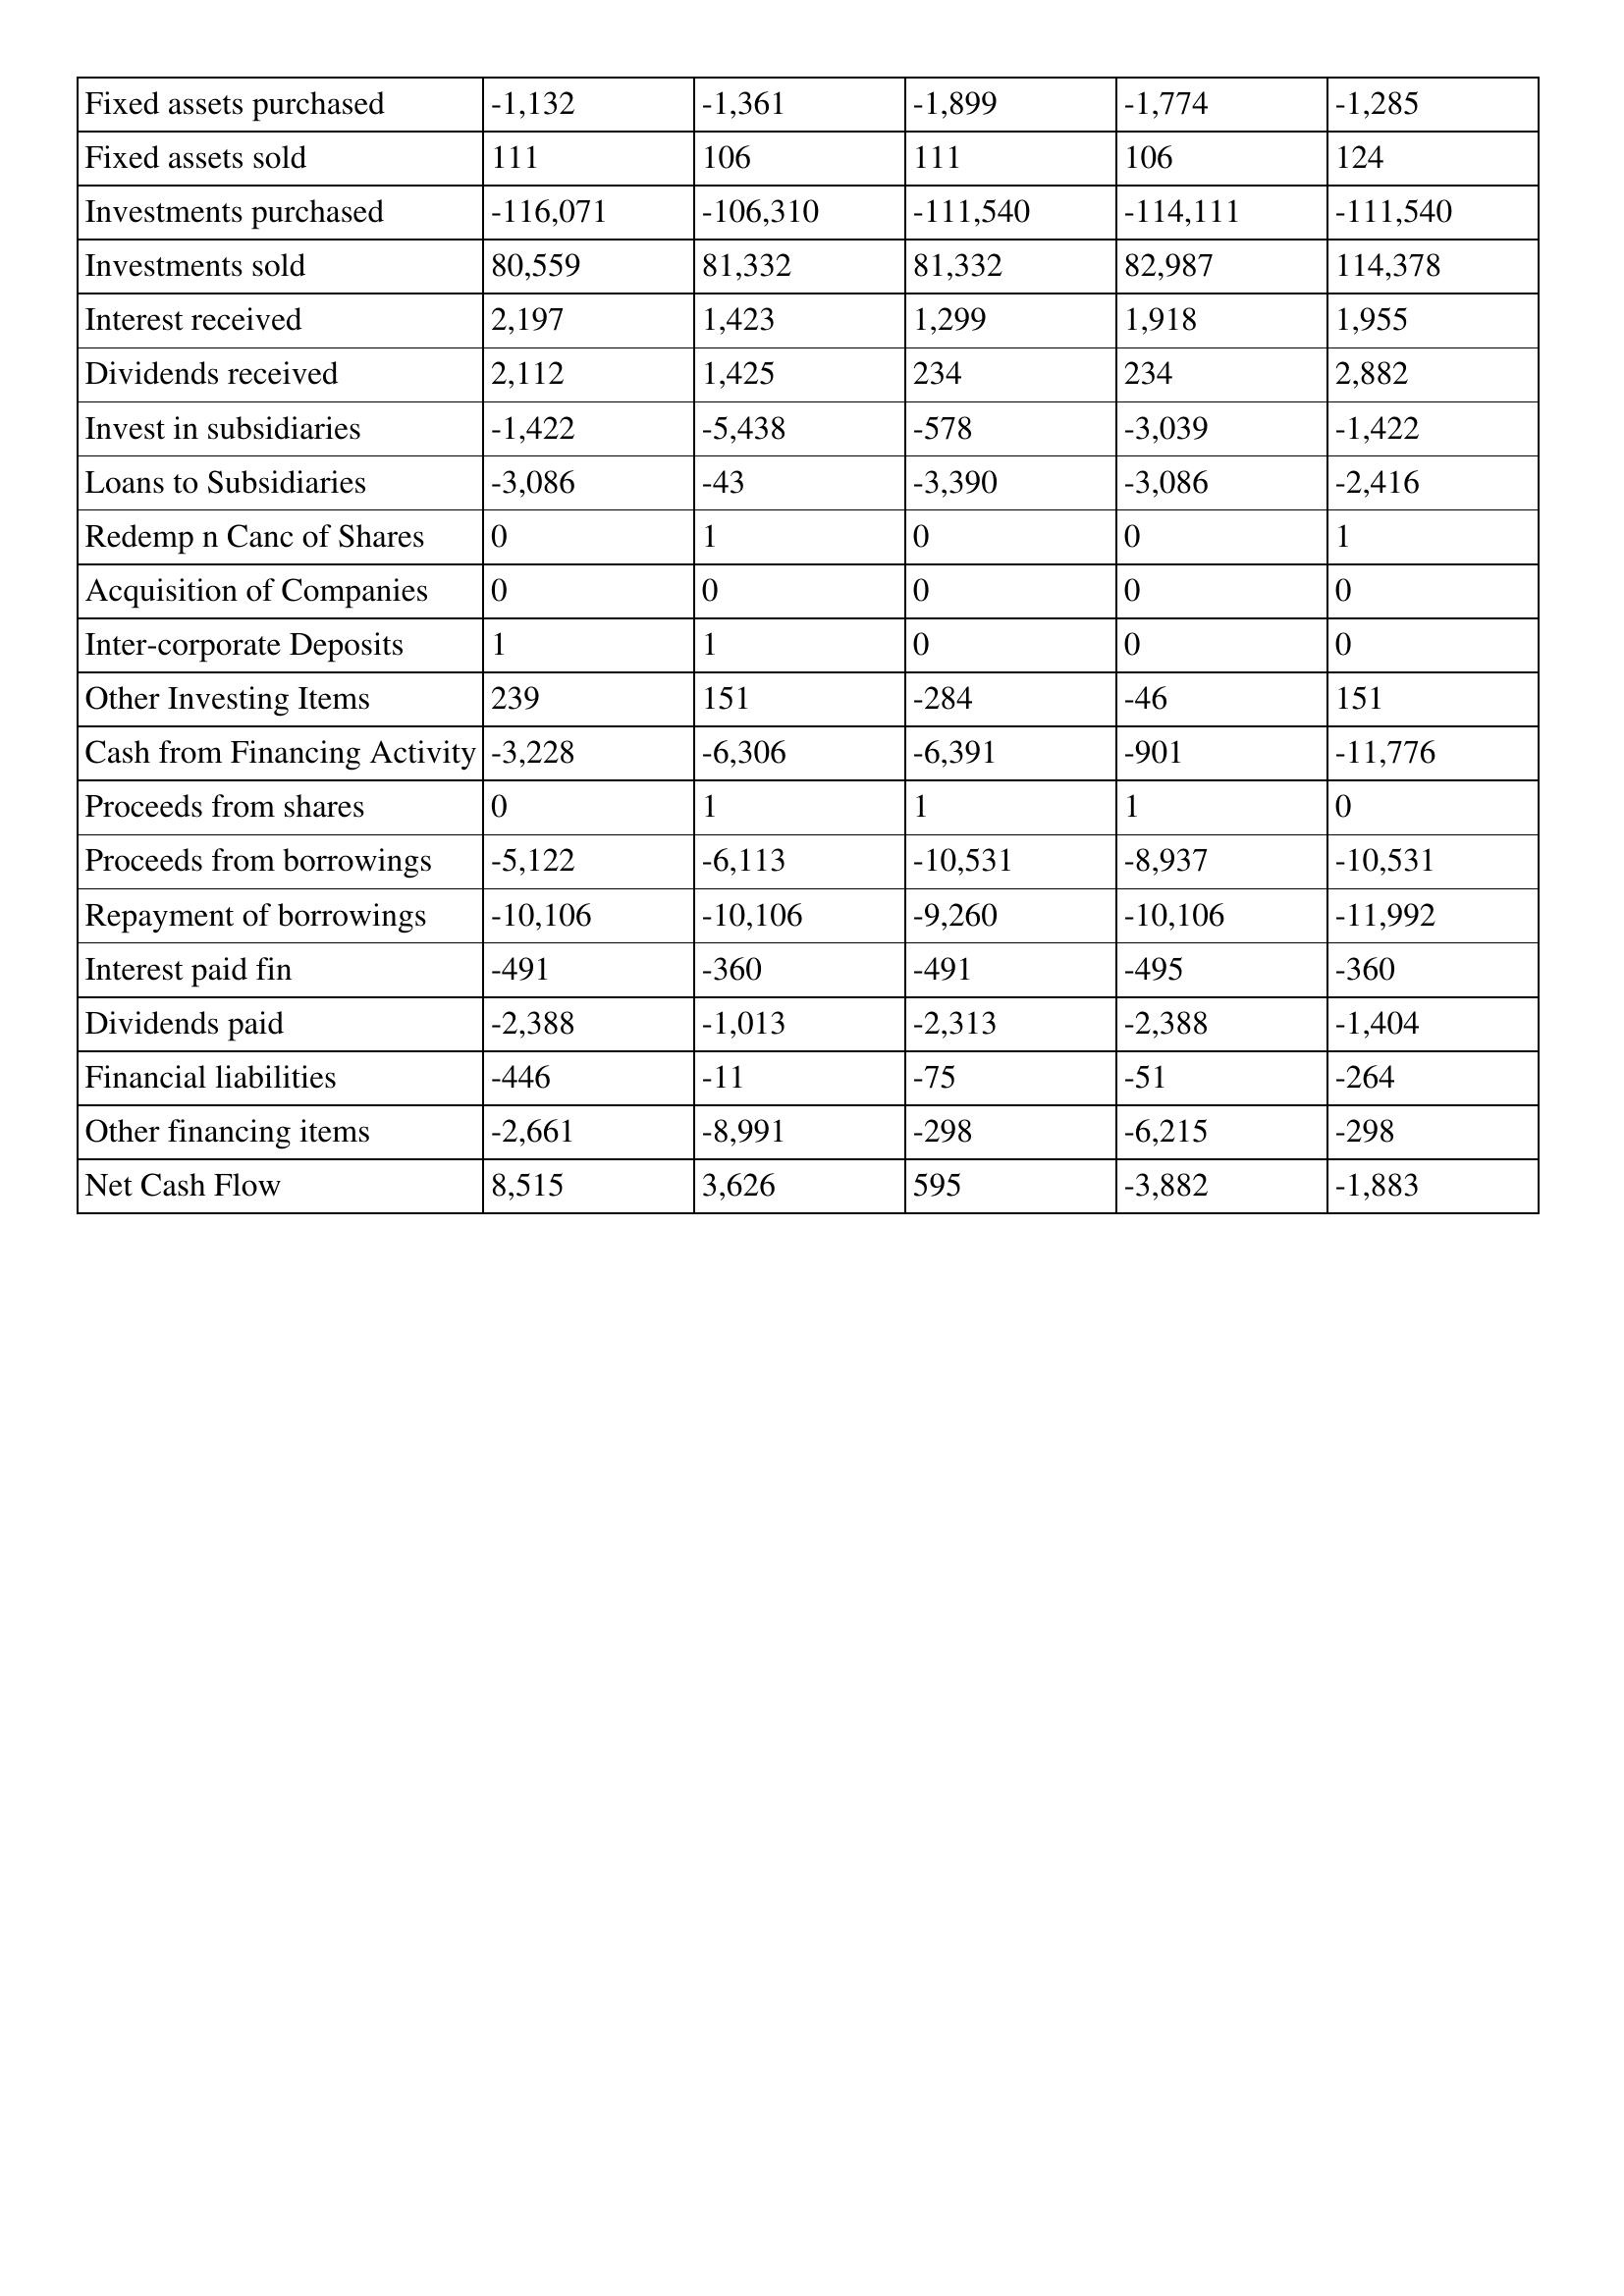
gt_parse: 2013: Cash Flows: Fixed assets purchased: -1,132
Fixed assets sold: 111
Investments purchased: -116,071
Investments sold: 80,559
Interest received: 2,197
Dividends received: 2,112
Invest in subsidiaries: -1,422
Loans to Subsidiaries: -3,086
Redemp n Canc of Shares: 0
Acquisition of Companies: 0
Inter-corporate Deposits: 1
Other Investing Items: 239
Cash from Financing Activity: -3,228
Proceeds from shares: 0
Proceeds from borrowings: -5,122
Repayment of borrowings: -10,106
Interest paid fin: -491
Dividends paid: -2,388
Financial liabilities: -446
Other financing items: -2,661
Net Cash Flow: 8,515
2012: Cash Flows: Fixed assets purchased: -1,361
Fixed assets sold: 106
Investments purchased: -106,310
Investments sold: 81,332
Interest received: 1,423
Dividends received: 1,425
Invest in subsidiaries: -5,438
Loans to Subsidiaries: -43
Redemp n Canc of Shares: 1
Acquisition of Companies: 0
Inter-corporate Deposits: 1
Other Investing Items: 151
Cash from Financing Activity: -6,306
Proceeds from shares: 1
Proceeds from borrowings: -6,113
Repayment of borrowings: -10,106
Interest paid fin: -360
Dividends paid: -1,013
Financial liabilities: -11
Other financing items: -8,991
Net Cash Flow: 3,626
2011: Cash Flows: Fixed assets purchased: -1,899
Fixed assets sold: 111
Investments purchased: -111,540
Investments sold: 81,332
Interest received: 1,299
Dividends received: 234
Invest in subsidiaries: -578
Loans to Subsidiaries: -3,390
Redemp n Canc of Shares: 0
Acquisition of Companies: 0
Inter-corporate Deposits: 0
Other Investing Items: -284
Cash from Financing Activity: -6,391
Proceeds from shares: 1
Proceeds from borrowings: -10,531
Repayment of borrowings: -9,260
Interest paid fin: -491
Dividends paid: -2,313
Financial liabilities: -75
Other financing items: -298
Net Cash Flow: 595
2010: Cash Flows: Fixed assets purchased: -1,774
Fixed assets sold: 106
Investments purchased: -114,111
Investments sold: 82,987
Interest received: 1,918
Dividends received: 234
Invest in subsidiaries: -3,039
Loans to Subsidiaries: -3,086
Redemp n Canc of Shares: 0
Acquisition of Companies: 0
Inter-corporate Deposits: 0
Other Investing Items: -46
Cash from Financing Activity: -901
Proceeds from shares: 1
Proceeds from borrowings: -8,937
Repayment of borrowings: -10,106
Interest paid fin: -495
Dividends paid: -2,388
Financial liabilities: -51
Other financing items: -6,215
Net Cash Flow: -3,882
2009: Cash Flows: Fixed assets purchased: -1,285
Fixed assets sold: 124
Investments purchased: -111,540
Investments sold: 114,378
Interest received: 1,955
Dividends received: 2,882
Invest in subsidiaries: -1,422
Loans to Subsidiaries: -2,416
Redemp n Canc of Shares: 1
Acquisition of Companies: 0
Inter-corporate Deposits: 0
Other Investing Items: 151
Cash from Financing Activity: -11,776
Proceeds from shares: 0
Proceeds from borrowings: -10,531
Repayment of borrowings: -11,992
Interest paid fin: -360
Dividends paid: -1,404
Financial liabilities: -264
Other financing items: -298
Net Cash Flow: -1,883